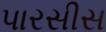
પારસીસ